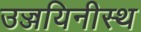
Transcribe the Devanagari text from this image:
उज्जयिनीस्थ